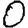
Digit: 0